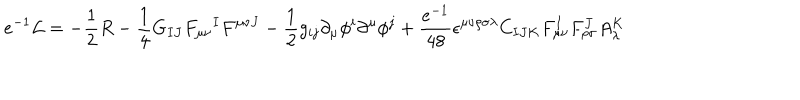
e ^ { - 1 } { \cal L } = - { \frac { 1 } { 2 } } R - { \frac { 1 } { 4 } } G _ { I J } F _ { \mu \nu } { } ^ { I } F ^ { \mu \nu J } - { \frac { 1 } { 2 } } g _ { i j } \partial _ { \mu } \phi ^ { i } \partial ^ { \mu } \phi ^ { j } + { \frac { e ^ { - 1 } } { 4 8 } } \epsilon ^ { \mu \nu \rho \sigma \lambda } C _ { I J K } F _ { \mu \nu } ^ { I } F _ { \rho \sigma } ^ { J } A _ { \lambda } ^ { K }